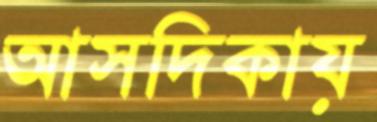
আসদিকায়